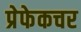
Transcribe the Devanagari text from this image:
प्रेफेकचर